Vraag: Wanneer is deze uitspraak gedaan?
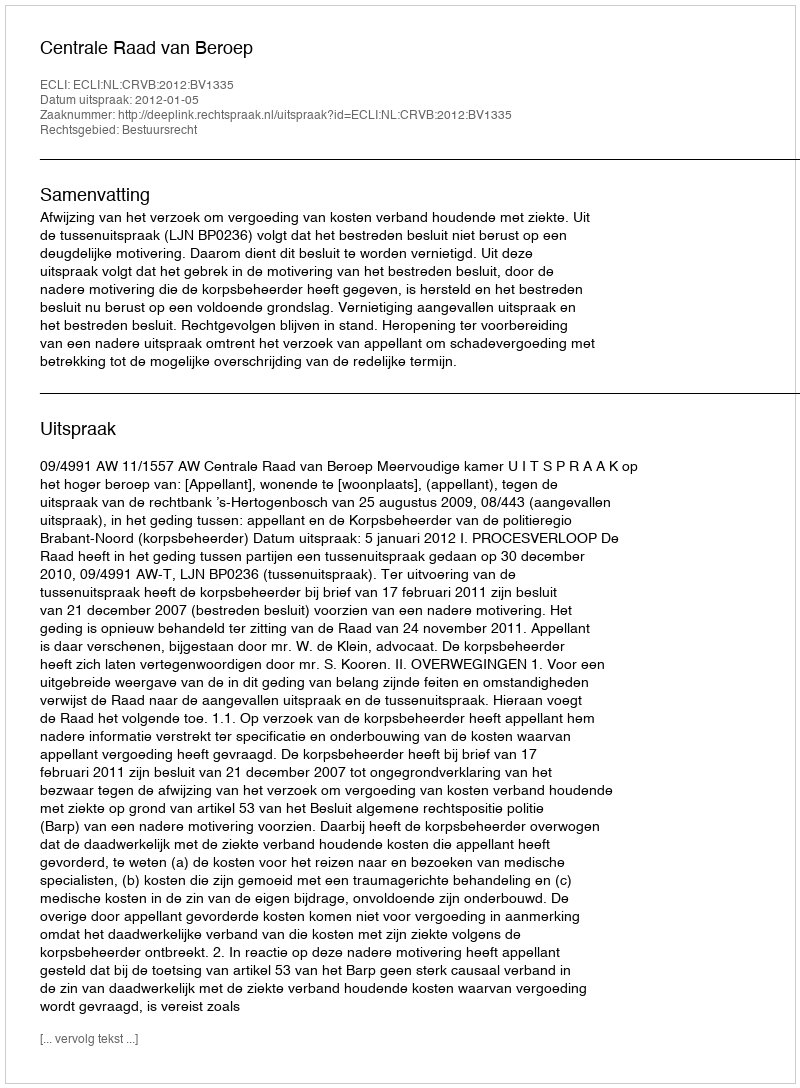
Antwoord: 2012-01-05